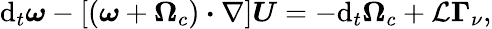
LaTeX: \mathrm{d}_{t}\boldsymbol{\omega}-\left[\left(\boldsymbol{\omega}+\boldsymbol{\Omega}_{c}\right)\boldsymbol{\cdot}\nabla\right]\boldsymbol{U}=-\mathrm{d}_{t}\boldsymbol{\Omega}_{c}+\mathcal{L}\boldsymbol{\Gamma}_{\nu},